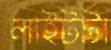
লাইটটা